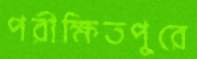
পরীক্ষিতপুরে